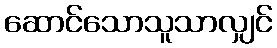
ဆောင်သောသူသာလျှင်